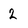
Character: 2